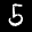
Label: 5